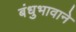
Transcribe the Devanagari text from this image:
बंधुभावाने